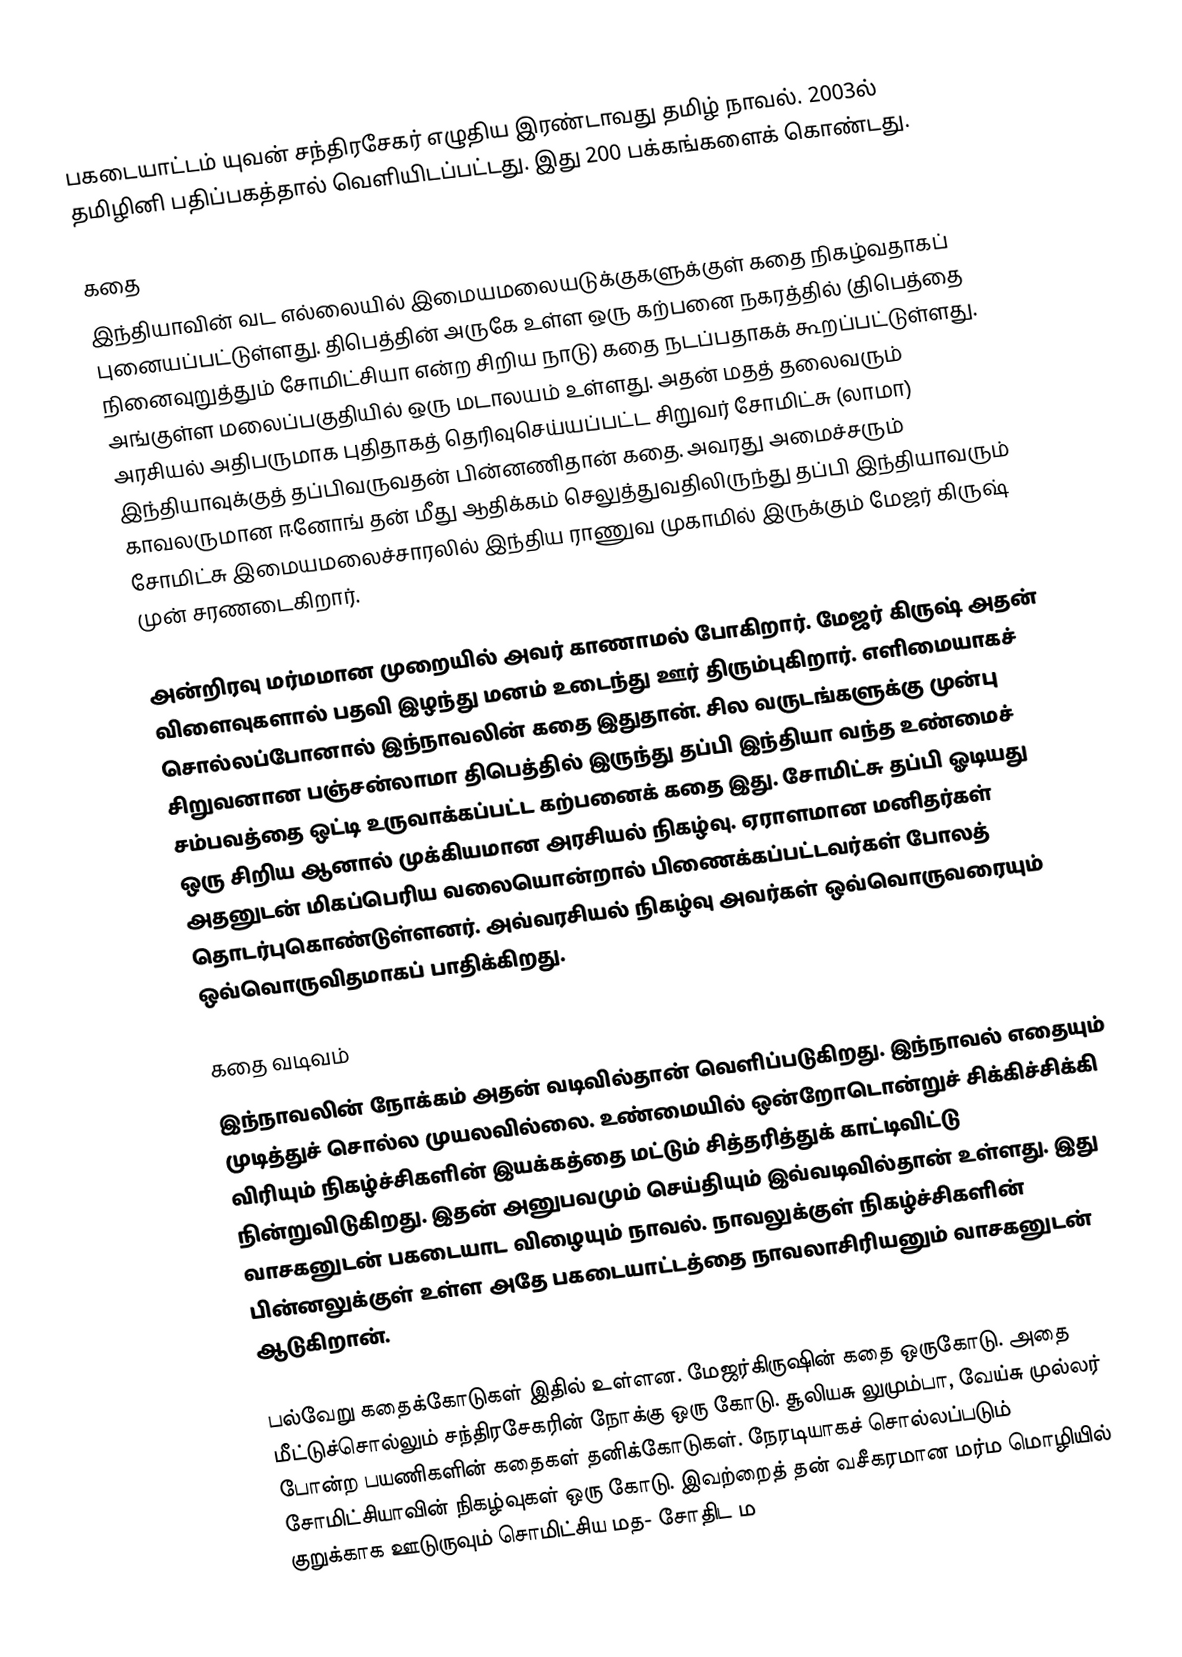
பகடையாட்டம் யுவன் சந்திரசேகர் எழுதிய இரண்டாவது தமிழ் நாவல். 2003ல் தமிழினி பதிப்பகத்தால் வெளியிடப்பட்டது. இது 200 பக்கங்களைக் கொண்டது.

கதை
இந்தியாவின் வட எல்லையில் இமையமலையடுக்குகளுக்குள் கதை நிகழ்வதாகப் புனையப்பட்டுள்ளது. திபெத்தின் அருகே உள்ள ஒரு கற்பனை நகரத்தில் (திபெத்தை நினைவுறுத்தும் சோமிட்சியா என்ற சிறிய நாடு) கதை நடப்பதாகக் கூறப்பட்டுள்ளது. அங்குள்ள மலைப்பகுதியில் ஒரு மடாலயம் உள்ளது. அதன் மதத் தலைவரும் அரசியல் அதிபருமாக புதிதாகத் தெரிவுசெய்யப்பட்ட சிறுவர் சோமிட்சு (லாமா) இந்தியாவுக்குத் தப்பிவருவதன் பின்னணிதான் கதை. அவரது அமைச்சரும் காவலருமான ஈனோங் தன் மீது ஆதிக்கம் செலுத்துவதிலிருந்து தப்பி இந்தியாவரும் சோமிட்சு இமையமலைச்சாரலில் இந்திய ராணுவ முகாமில் இருக்கும் மேஜர் கிருஷ் முன் சரணடைகிறார்.

அன்றிரவு மர்மமான முறையில் அவர் காணாமல் போகிறார். மேஜர் கிருஷ் அதன் விளைவுகளால் பதவி இழந்து மனம் உடைந்து ஊர் திரும்புகிறார். எளிமையாகச் சொல்லப்போனால் இந்நாவலின் கதை இதுதான். சில வருடங்களுக்கு முன்பு சிறுவனான பஞ்சன்லாமா திபெத்தில் இருந்து தப்பி இந்தியா வந்த உண்மைச் சம்பவத்தை ஒட்டி உருவாக்கப்பட்ட கற்பனைக் கதை இது. சோமிட்சு தப்பி ஓடியது ஒரு சிறிய ஆனால் முக்கியமான அரசியல் நிகழ்வு. ஏராளமான மனிதர்கள் அதனுடன் மிகப்பெரிய வலையொன்றால் பிணைக்கப்பட்டவர்கள் போலத் தொடர்புகொண்டுள்ளனர். அவ்வரசியல் நிகழ்வு அவர்கள் ஒவ்வொருவரையும் ஒவ்வொருவிதமாகப் பாதிக்கிறது.

கதை வடிவம்
இந்நாவலின் நோக்கம் அதன் வடிவில்தான் வெளிப்படுகிறது. இந்நாவல் எதையும் முடித்துச் சொல்ல முயலவில்லை. உண்மையில் ஒன்றோடொன்றுச் சிக்கிச்சிக்கி விரியும் நிகழ்ச்சிகளின் இயக்கத்தை மட்டும் சித்தரித்துக் காட்டிவிட்டு நின்றுவிடுகிறது. இதன் அனுபவமும் செய்தியும் இவ்வடிவில்தான் உள்ளது. இது வாசகனுடன் பகடையாட விழையும் நாவல். நாவலுக்குள் நிகழ்ச்சிகளின் பின்னலுக்குள் உள்ள அதே பகடையாட்டத்தை நாவலாசிரியனும் வாசகனுடன் ஆடுகிறான்.

பல்வேறு கதைக்கோடுகள் இதில் உள்ளன. மேஜர்கிருஷின் கதை ஒருகோடு. அதை மீட்டுச்சொல்லும் சந்திரசேகரின் நோக்கு ஒரு கோடு. சூலியசு லுமும்பா, வேய்சு முல்லர் போன்ற பயணிகளின் கதைகள் தனிக்கோடுகள். நேரடியாகச் சொல்லப்படும் சோமிட்சியாவின் நிகழ்வுகள் ஒரு கோடு. இவற்றைத் தன் வசீகரமான மர்ம மொழியில் குறுக்காக ஊடுருவும் சொமிட்சிய மத- சோதிட ம